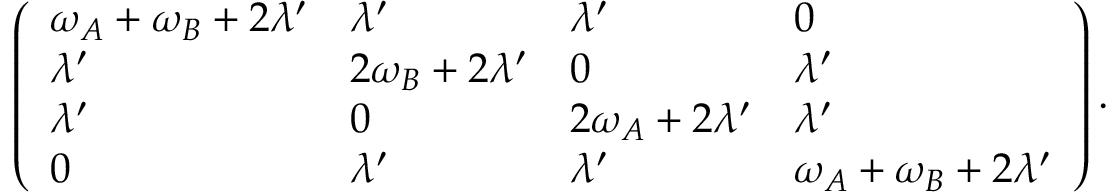
\left( \begin{array} { l l l l } { \omega _ { A } + \omega _ { B } + 2 \lambda ^ { \prime } } & { \lambda ^ { \prime } } & { \lambda ^ { \prime } } & { 0 } \\ { \lambda ^ { \prime } } & { 2 \omega _ { B } + 2 \lambda ^ { \prime } } & { 0 } & { \lambda ^ { \prime } } \\ { \lambda ^ { \prime } } & { 0 } & { 2 \omega _ { A } + 2 \lambda ^ { \prime } } & { \lambda ^ { \prime } } \\ { 0 } & { \lambda ^ { \prime } } & { \lambda ^ { \prime } } & { \omega _ { A } + \omega _ { B } + 2 \lambda ^ { \prime } } \end{array} \right) .